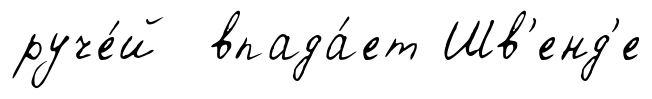
руче́й впада́ет Шв'енд'е